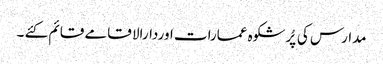
مدارس کی پُرشکوہ عمارات اوردارالا قامے قائم کئے ۔